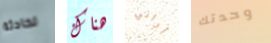
لحادثة هناك أراني وحدتك